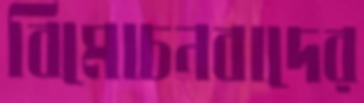
বিমোচনবাদের